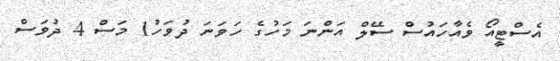
އެސްޓީއޯ ވެއާހައުސް ސޭލް އަންނަ މަހުގެ ހަވަނަ ދުވަހު1 މަސް 4 ދުވަސް